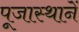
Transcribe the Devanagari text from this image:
पूजास्थानें